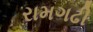
રામગઢી